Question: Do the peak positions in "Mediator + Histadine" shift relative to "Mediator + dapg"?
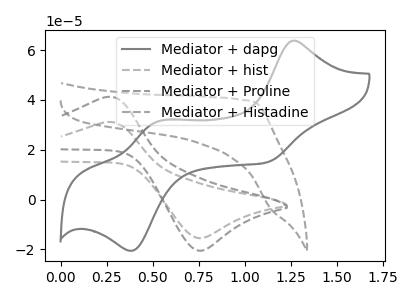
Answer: <think>The gray curve "Mediator + dapg" has anodic peaks at (1.25V, 63.80uA) (0.50V, 30.95uA) and cathodic peaks at (1.15V, 15.05uA) (0.40V, -20.55uA). The gray dashed curve "Mediator + hist" has an anodic peak at (0.25V, 31.05uA) and a cathodic peak at (0.75V, -15.50uA). The gray dashed curve "Mediator + Proline" has an anodic peak at (0.25V, 41.15uA) and a cathodic peak at (0.75V, -20.50uA). The gray dashed curve "Mediator + Histadine" has no peaks.
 "Mediator + Histadine" and "Mediator + dapg" have a different number of peaks.</think>
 <answer>Yes, "Mediator + Histadine" and "Mediator + dapg" are different in shape.</answer>
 <eval>yes_change</eval>